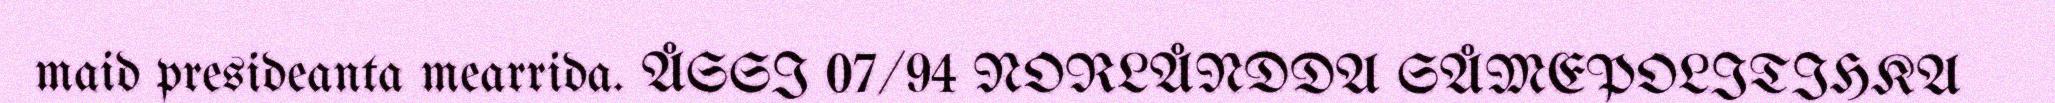
maid presideanta mearrida. ÅSSI 07/94 NORLÅNDDA SÅMEPOLITIHKA